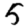
Digit: 5